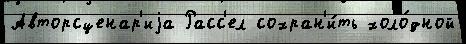
Авторсценар'иjа Расс'ел сохран'и́ть холо́дной